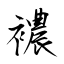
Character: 襛